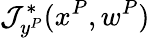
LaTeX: \mathcal{J}_{y^{P}}^{*}(x^{P},w^{P})